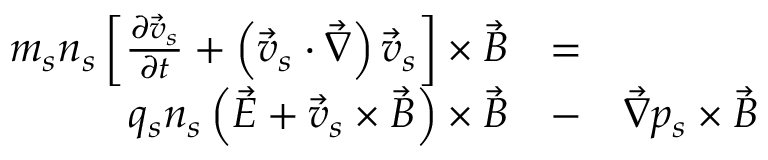
\begin{array} { r l r } { m _ { s } n _ { s } \left[ \frac { \partial \vec { v } _ { s } } { \partial t } + \left( \vec { v } _ { s } \cdot \vec { \nabla } \right) \vec { v } _ { s } \right] \times \vec { B } } & { = } & \\ { q _ { s } n _ { s } \left( \vec { E } + \vec { v } _ { s } \times \vec { B } \right) \times \vec { B } } & { - } & { \vec { \nabla } p _ { s } \times \vec { B } } \end{array}